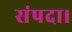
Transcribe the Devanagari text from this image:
संपदा।